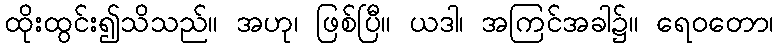
ထိုးထွင်း၍သိသည်။ အဟု၊ ဖြစ်ပြီ။ ယဒါ၊ အကြင်အခါ၌။ ရေဝတော၊